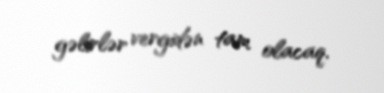
gəlirlər vergidən tam olacaq.